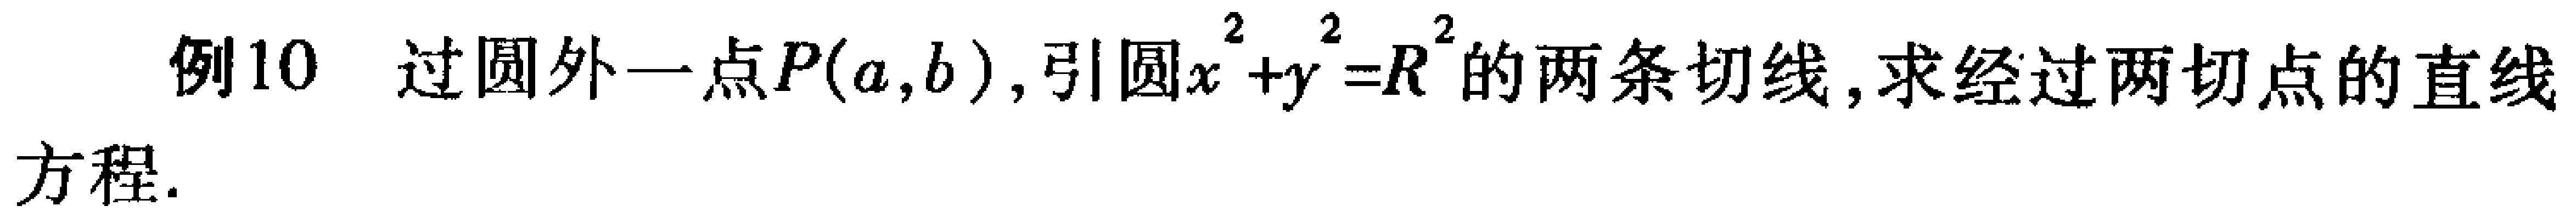
例10 过圆外一点\(P(a,b)\),引圆\(x^{2}+y^{2}=R^{2}\)的两条切线,求经过两切点的直线

方程.